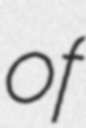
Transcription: of